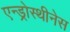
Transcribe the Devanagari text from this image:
एन्ड्रोस्थीनेस